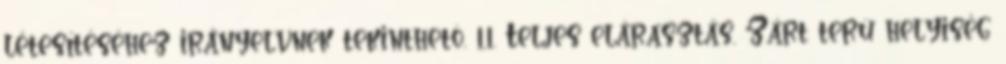
létesítéséhez irányelvnek tekinthetõ. 1.1. Teljes elárasztás. Zárt terû helyiség